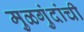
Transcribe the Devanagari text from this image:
मुळगुंदांची